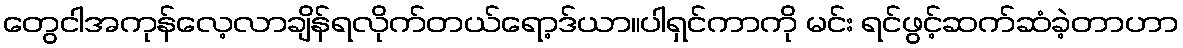
တွေငါအကုန်လေ့လာချိန်ရလိုက်တယ်ရော့ဒ်ယာ။ပါရှင်ကာကို မင်း ရင်ဖွင့်ဆက်ဆံခဲ့တာဟာ